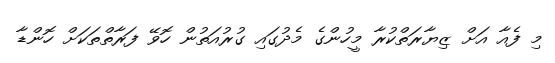
މި ފެއާ އަށް ޒިޔާރަތްކުރާ މީހުންގެ މެދުގައި ގުރުއަތުން ހޮވޭ ފަރާތްތަކަށް ހޮންޑާ